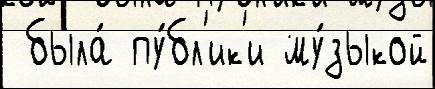
 была́ пу́бл'ик'и му́зыкой